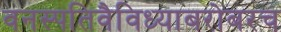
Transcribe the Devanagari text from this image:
वनस्पतिवैविध्याबरोबरच